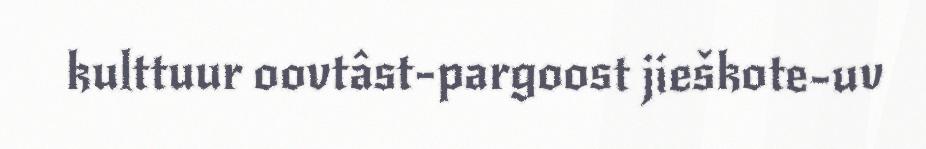
kulttuur oovtâst-pargoost jieškote-uv